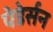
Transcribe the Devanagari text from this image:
पेडेर्सन